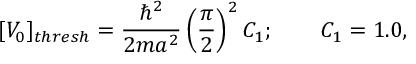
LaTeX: [ V _ { 0 } ] _ { t h r e s h } = { \frac { \hbar ^ { 2 } } { 2 m a ^ { 2 } } } \left( { \frac { \pi } { 2 } } \right) ^ { 2 } C _ { 1 } ; \qquad C _ { 1 } = 1 . 0 ,